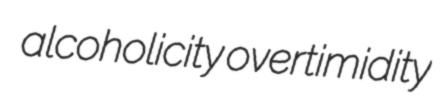
alcoholicity overtimidity